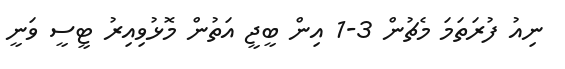
ނިއު ފުރަތަމަ މެޗުން 3-1 އިން ބީޖީ އަތުން މޮޅުވިއިރު ޓީސީ ވަނީ